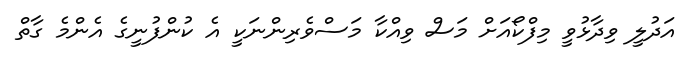
އަދުލީ ވިދާޅުވީ މިފްކޯއަށް މަސް ވިއްކާ މަސްވެރިންނަކީ އެ ކުންފުނީގެ އެންމެ ގާތް